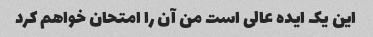
این یک ایده عالی است من آن را امتحان خواهم کرد